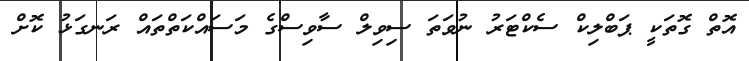
އޮތް ގޮތަކީ ޕަބްލިކް ސެކްޓަރު ނުވަތަ ސިވިލް ސާވިސްގެ މަސައްކަތްތައް ރަނގަޅު ކޮށް